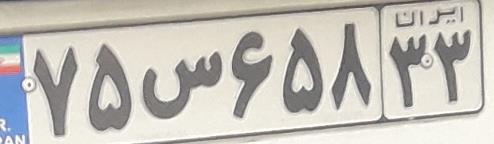
۷۵س۶۵۸۳۳